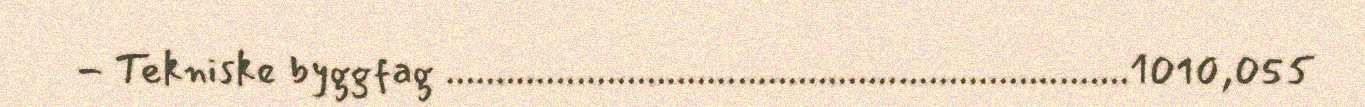
- Tekniske byggfag ....................................................................1010,055